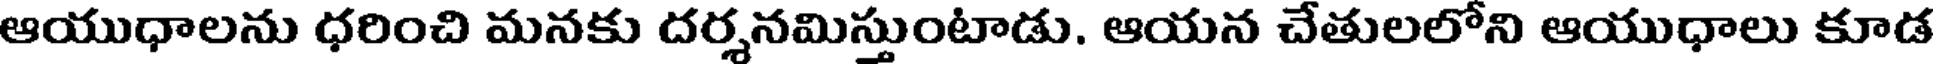
ఆయుధాలను ధరించి మనకు దర్శనమిస్తుంటాడు. ఆయన చేతులలోని ఆయుధాలు కూడ